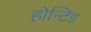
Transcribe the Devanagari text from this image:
होन्टिड